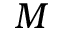
M